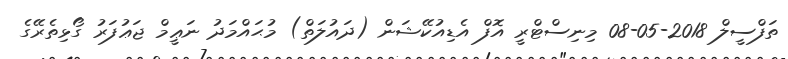
ތަފްސީލް 2018-05-08 މިނިސްޓްރީ އޮފް އެޑިއުކޭޝަން (ދައުލަތް) މުޙައްމަދު ނަޢީމް ޖަޢުފަރު ގޯޅިތެރޭގެ